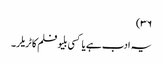
۳۶)
یہ ادب ہے یا کسی بلیو فلم کا ٹریلر۔